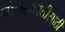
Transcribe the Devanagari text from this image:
नोकरभरतीसाठी